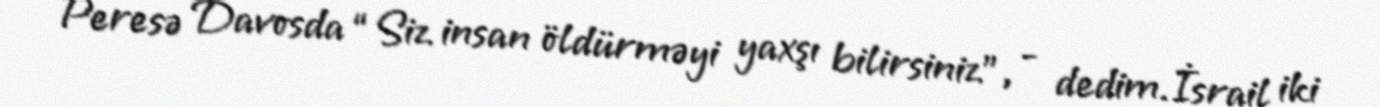
Peresə Davosda “Siz insan öldürməyi yaxşı bilirsiniz”, - dedim.İsrail iki